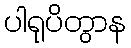
ပါရုပိတွာန